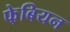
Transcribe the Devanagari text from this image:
फे़बियन